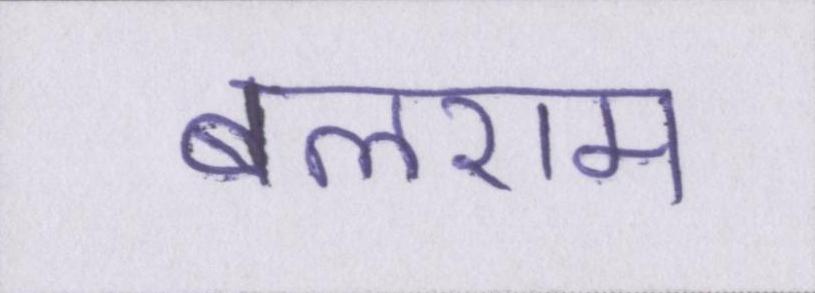
बलराम